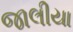
જાલીયા